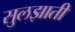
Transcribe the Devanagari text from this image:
सुलझाती